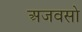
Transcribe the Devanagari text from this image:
अजवसो